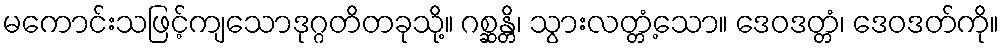
မကောင်းသဖြင့်ကျသောဒုဂ္ဂတိတခုသို့။ ဂစ္ဆန္တိ၊ သွားလတ္တံ့သော။ ဒေဝဒတ္တံ၊ ဒေဝဒတ်ကို။